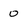
Character: 0